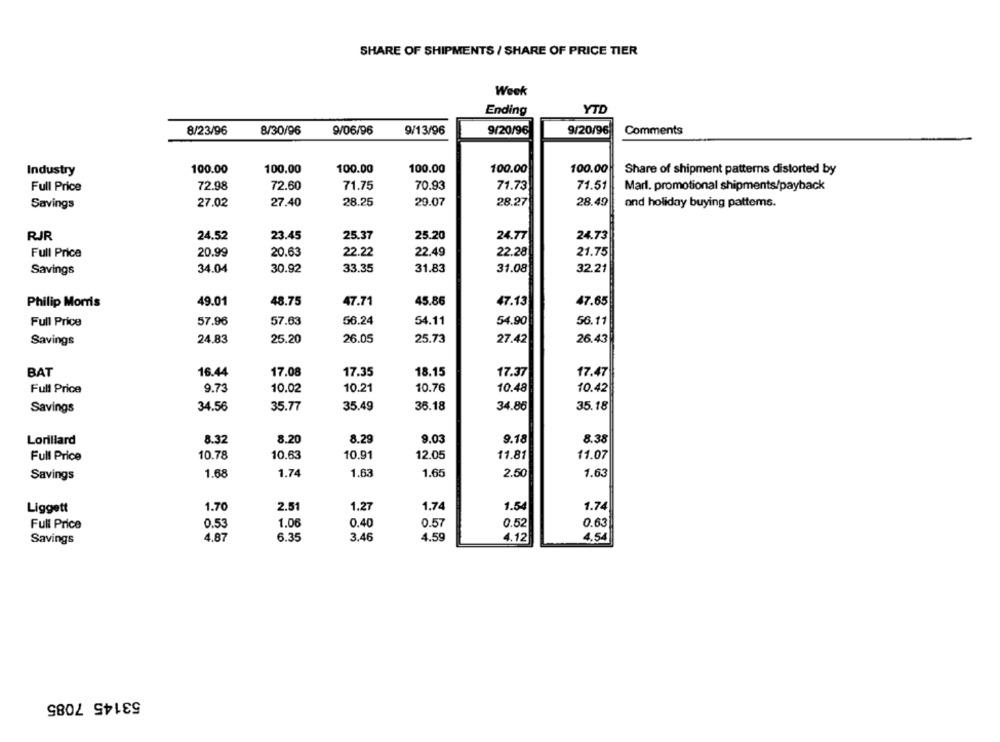
SHARE OF SHIPMENTS / SHARE OF PRICE TIER
Week
Ending
YTD
8/23/96
8/30/96
9/06/96
9/13/96
9/20/96
9/20/96
Comments
Industry
100.00
100.00
100.00
100.00
100.00
100.00
Share of shipment patterns distorted by
72.98
72.60
71.51
Marl. promotional shipments/payback
Full Price
71.75
70.93
71.73
29.07
Savings
27.02
27.40
28.25
28.27
28.49
and holiday buying patterns.
RJR
24.52
23.45
25.37
25.20
24.77
24.73
20.99
20.63
22.22
22.49
22.28
21.75
Full Price
34.04
Savings
30.92
33.35
31.83
31.08
32.21
Philip Morris
49.01
48.75
47.71
45.86
47.13
47.65
56.24
54.90
Full Price
57.96
57.63
54.11
56.11
Savings
24.83
25.20
26.05
25.73
27.42
26.43
BAT
17.08
18.15
16.44
17.35
17.37
17.47
Full Price
9.73
10.02
10.21
10.76
10.48
10.42
Savings
34.56
35.77
35.49
36.18
34.86
35.18
Lorillard
8.32
8.20
8.29
9.03
9.18
8.38
Full Price
10.78
10.63
10.91
12.05
11.81
11.07
1.68
1.74
1.63
1.65
2.50
1.63
Savings
Liggett
1.70
2.51
1.27
1.74
1.54
1.74
Full Price
0.53
1.06
0.40
0.57
0.52
0.63
Savings
4.87
6.35
3.46
4.59
4.12
4.54
53145 7085